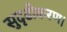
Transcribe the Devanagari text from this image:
सुदृढीकरण।